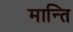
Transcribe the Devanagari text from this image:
मान्ति